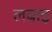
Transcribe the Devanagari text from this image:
लबाइ